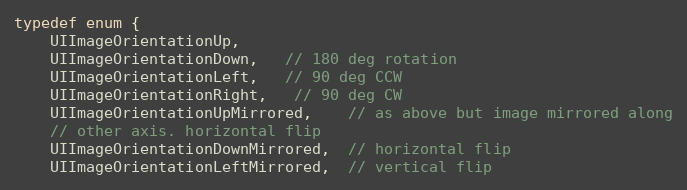
Language: C
typedef enum {
    UIImageOrientationUp,
    UIImageOrientationDown,   // 180 deg rotation
    UIImageOrientationLeft,   // 90 deg CCW
    UIImageOrientationRight,   // 90 deg CW
    UIImageOrientationUpMirrored,    // as above but image mirrored along
    // other axis. horizontal flip
    UIImageOrientationDownMirrored,  // horizontal flip
    UIImageOrientationLeftMirrored,  // vertical flip